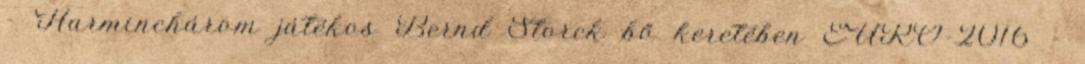
– Harminchárom játékos Bernd Storck bő keretében EURO-2016 –